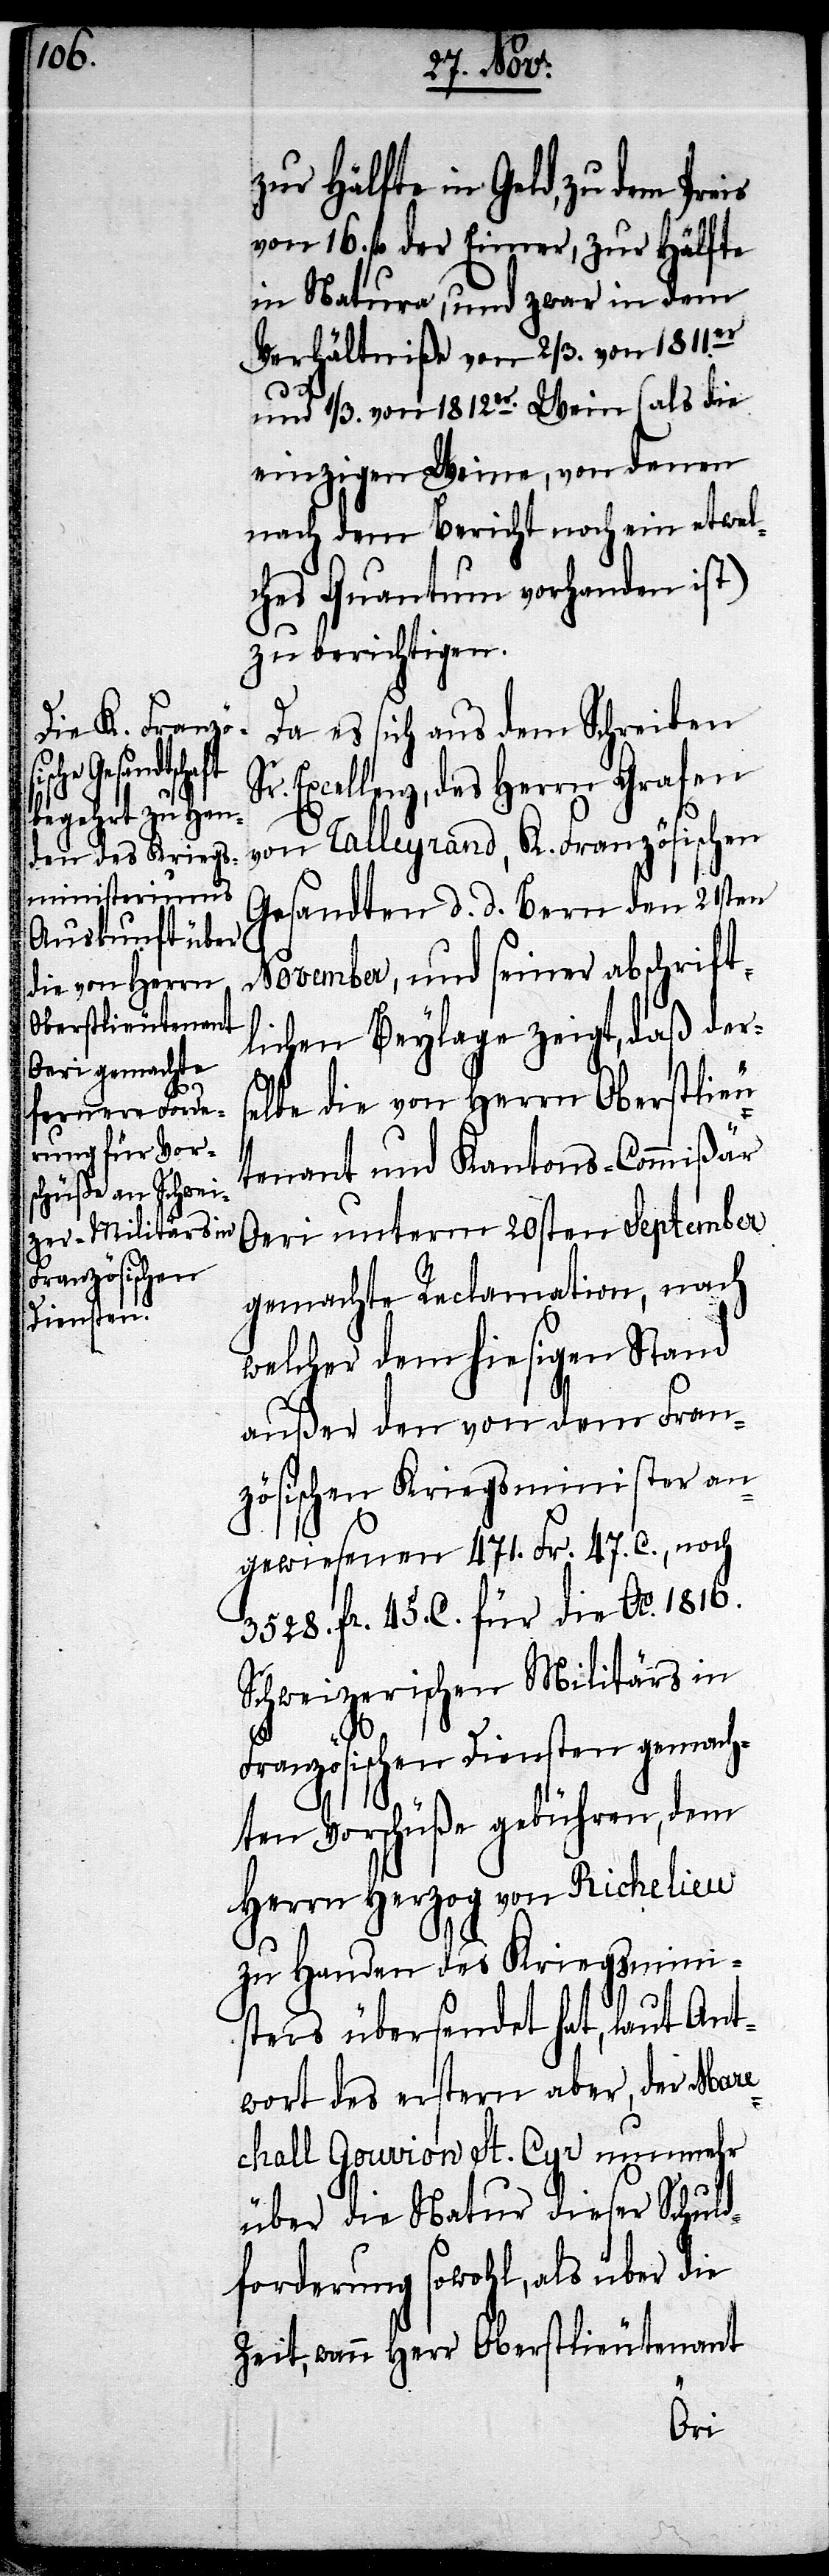
zur Hälfte in Geld, zu dem Pr¬
von 16. fl. der Eimer, zur Hälfte
in Natura, und zwar in dem
Verhältniße von 2/3. von 1811er
und 1/3. von 1812er Wein (als die
einzigen Weine, von denen
nach dem Bericht noch ein etwel¬
ches Quantum vorhanden ist)
zu berichtigen.
Da es sich aus dem Schreiben
Excellenz, des Herrn Grafen
von Talleyrand, K. Französischen
Gesandten d. d. Bern den 21sten
November, und seiner abschrift¬
lichen Beylage zeigt, daß ders¬
elbe die von Herrn Oberstlieu¬
tenant und Kantons-Commißär
Oeri unterm 20sten September
gemachte Reclamation, nach
welcher dem hiesigen Stand
außer den von dem Fran¬
zösischen Kriegsminister an¬
gewiesenen 471. Fr. 47. C., noch
3528. fr. 45. C. für die Ao. 1816.
Schweizerischen Militärs in
Französischen Diensten gemach¬
ten Vorschüße gebühren, dem
Herrn Herzog von Richelieu
zu Handen des Kriegsmini¬
sters übersendet hat, laut Ant¬
wort des erstern aber, der Mare¬
chall Gouvion St. Cyr nunmehr
über die Natur dieser Schuld¬
forderung sowohl, als über die
Zeit, wann Herr Oberstlieutenant
eis